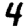
Digit: 4